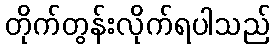
တိုက်တွန်းလိုက်ရပါသည်